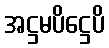
အဋ္ဌမပိဋ္ဌေပိ